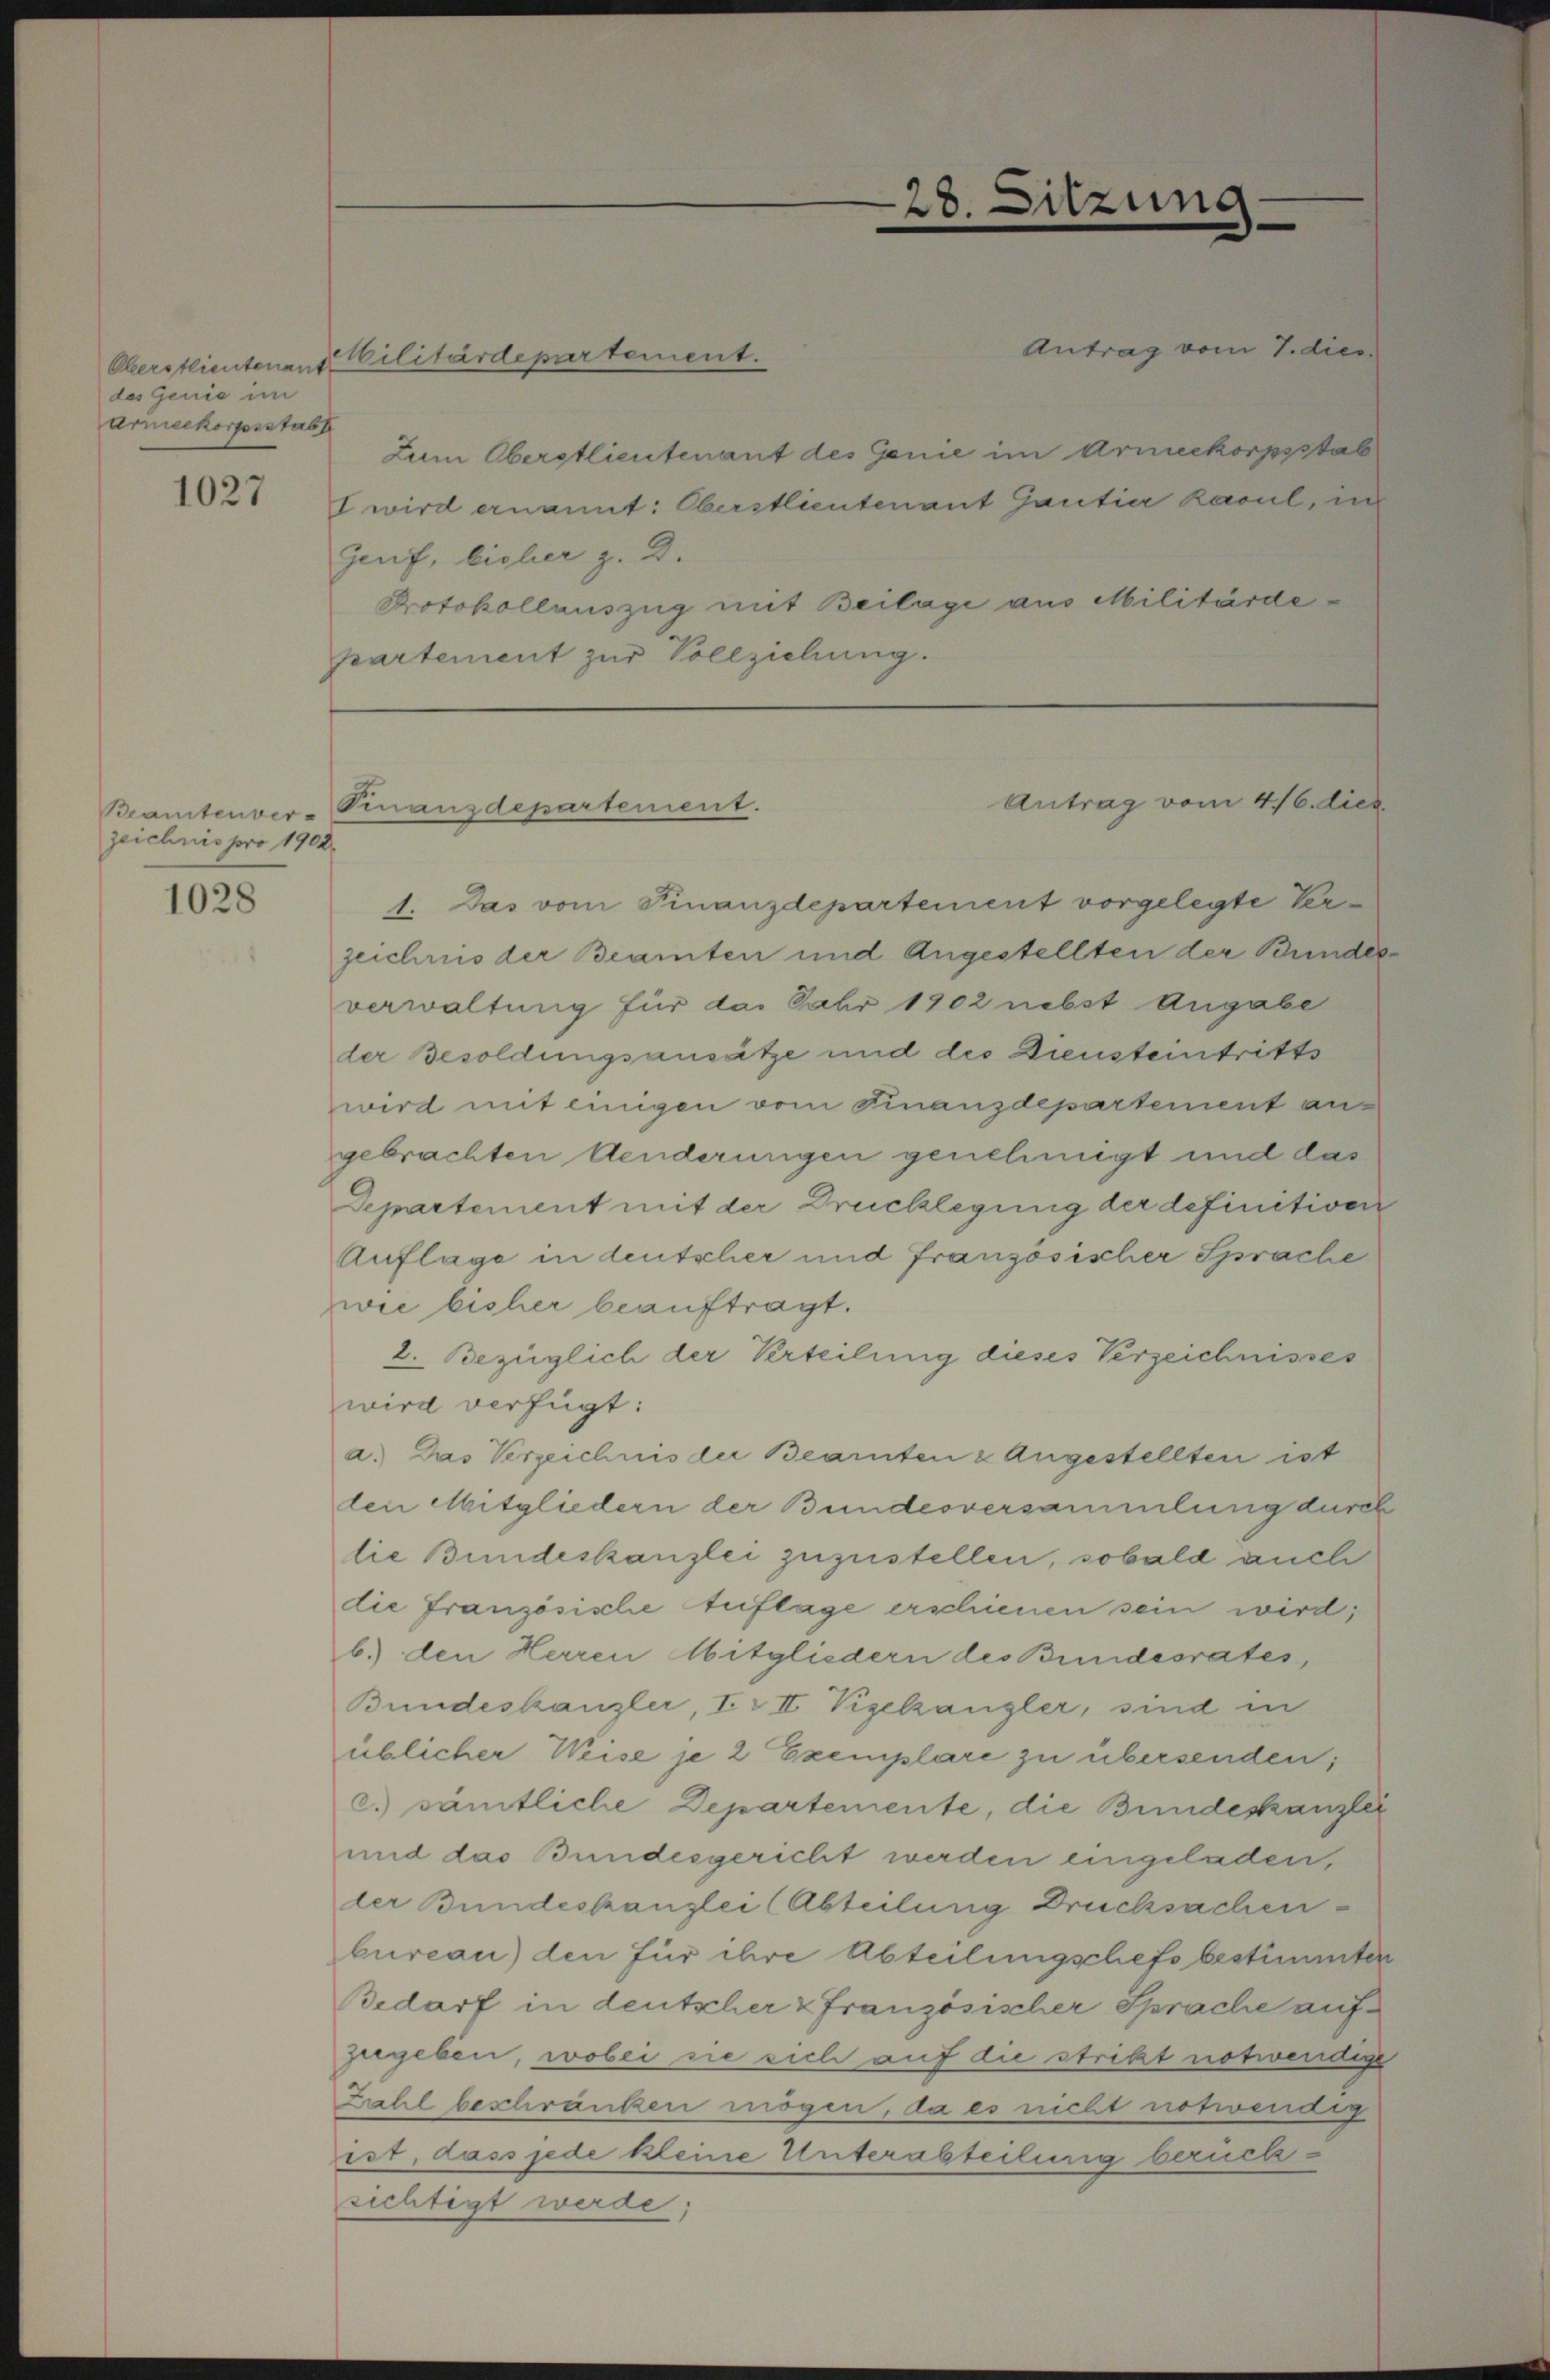
Oberstlieutenant
des Genie im
armeekorpsstabt

1027

zeichnis pro 1902.

1028

Zum Oberstlieutenant des Genie im Armeekorpsstab
I wird ernannt: Oberstlieutenant Gantia kavul, in
Genf, licher z. B.
Protokollauszug mit Beilage aus Militärdepartement zur Vollziehung.

Militärdepartement.

Beamtenver-Finanzdepartement.

s

un¬

Antrag vom 7. dies

Antrag vom 4./6. dies

1. Das vom Finanzdepartement vorgelegte Verzeichnis der Beamten und Angestellten der Bundes
verwaltung für das Jahr 1902 nebst Angabe
der Besoldungsansätze und des Diensteintritts
wird mit einigen vom Finanzdepartement angebrachten Aenderungen genehmigt und das
Departement mit der Drucklegung der definitiven
Auflage in deutscher und Französischer Sprache
zwie bisher beauftragt.
2. Bezüglich der Verteilung dieses Verzeichnisses
wird verfügt:
a. Das Verzeichnis der Beamten & Angestellten ist
den Mitgliedern der Bundesversammlung durch
lie Bundeskanzlei zuzustellen, sobald auch
die Französische Auflage erschienen sein wird;
b.) den Herren Mitgliedern des Bundesrates,
Bundeskanzler, I. II. Vigelzangler, sind in
üblicher Weise je 2 Exemplare zu übersenden;
c. sämtliche Departemente, die Bundeskanzlei
und das Bundesgericht werden eingeladen,
der Bundeskanzlei (Abteilung Drucksachen
bureau) den für ihre Abteilungschefs bestimmten
Bedarf in deutscher u Französischer Sprache aufzugeben, wobei sie sich auf die stritzt notwendige
Zehl beschränken mögen, da es nicht notwendig
ist, dass jede kleine Unterabteilung berück-
richtigt werde;